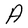
Character: A